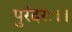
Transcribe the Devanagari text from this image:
पुरंदरः।।